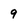
Character: 9